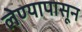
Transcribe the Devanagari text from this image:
लेण्यापासून